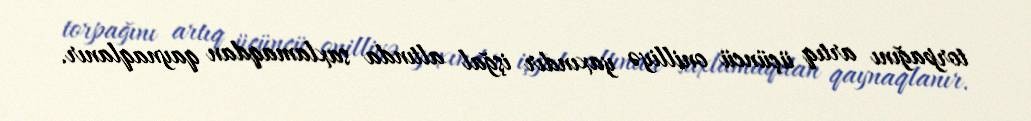
torpağını artıq üçüncü onilliyə yaxındır işğal altında saxlamaqdan qaynaqlanır.